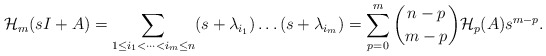
\begin{align*}\mathcal{H}_m(sI+A)=\sum\limits_{1\leq i_1<\dots< i_m\leq n}(s+\lambda_{i_1})\dots(s+\lambda_{i_m})=\sum\limits_{p=0}^m\binom{n-p}{m-p}\mathcal{H}_p(A) s^{m-p}.\end{align*}